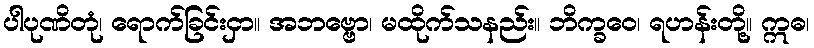
ပါပုဏိတုံ၊ ရောက်ခြင်းငှာ။ အဘဗ္ဗော၊ မထိုက်သနည်း။ ဘိက္ခဝေ၊ ရဟန်းတို့။ ဣဓ၊